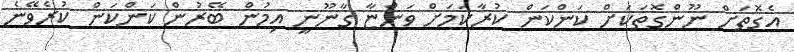
އެގޮތަށް ނޫންގޮތަކަށް ކަންކަން ކުރާކަމަށް ވަންޏާ ގާނޫނީ އިމުން ބޭރުން ކަންކަން ކުރެވޭނެ